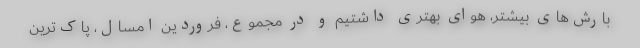
بارش‌های بیشتر، هوای بهتری داشتیم و در مجموع، فروردین امسال، پاک‌ترین